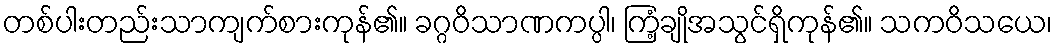
တစ်ပါးတည်းသာကျက်စားကုန်၏။ ခဂ္ဂဝိသာဏကပ္ပါ၊ ကြံ့ချိုအသွင်ရှိကုန်၏။ သကဝိသယေ၊